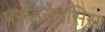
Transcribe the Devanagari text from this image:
परडिनेनसिस